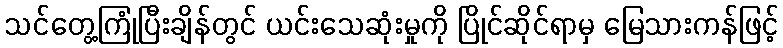
သင်တွေ့ကြုံပြီးချိန်တွင် ယင်းသေဆုံးမှုကို ပြိုင်ဆိုင်ရာမှ မြေသားကန်ဖြင့်